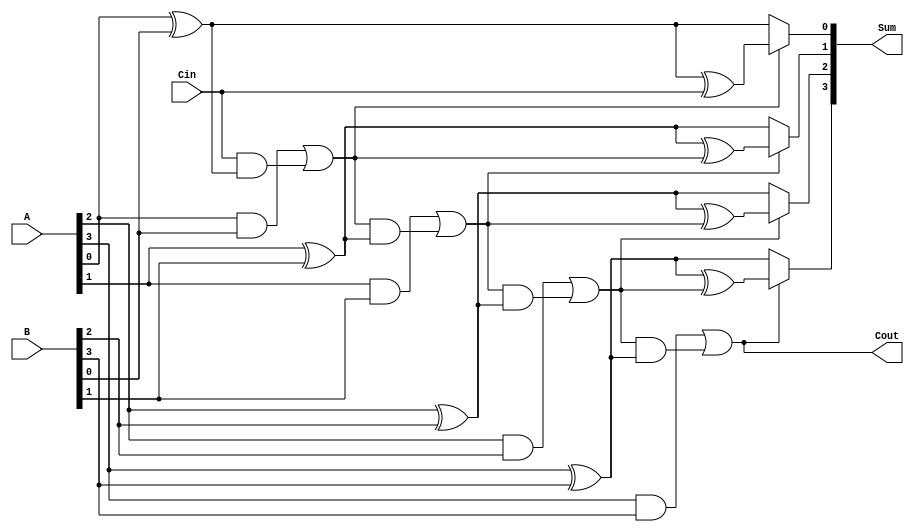
module ConditionalSumAdder #(parameter n = 4) (
    input [n-1:0] A,      // First n-bit input
    input [n-1:0] B,      // Second n-bit input
    input Cin,            // Carry-in
    output [n-1:0] Sum,   // n-bit sum output
    output Cout           // Carry-out
);

    wire [n-1:0] S0;      // Sum without carry
    wire [n-1:0] S1;      // Sum with carry
    wire [n-1:0] C1;      // Carry out for each bit
    wire [n-1:0] C;       // Conditional carry propagation

    // Generate S0, S1, and C1 for each bit
    genvar i;
    generate
        for (i = 0; i < n; i = i + 1) begin : CSA_bit
            assign S0[i] = A[i] ^ B[i]; // Sum without carry
            assign S1[i] = S0[i] ^ (i == 0 ? Cin : C[i-1]); // Sum with carry
            assign C1[i] = (A[i] & B[i]) | ((i == 0 ? Cin : C[i-1]) & S0[i]); // Carry out
        end
    endgenerate

    // Generate conditional carry propagation
    assign C[0] = C1[0]; // First carry is directly from C1[0]
    generate
        for (i = 1; i < n; i = i + 1) begin : carry_propagation
            assign C[i] = C1[i] | (C[i-1] & ~C1[i-1]); // Conditional carry propagation
        end
    endgenerate

    // Final sum calculation based on the carry propagation
    generate
        for (i = 0; i < n; i = i + 1) begin : final_sum
            assign Sum[i] = C[i] ? S1[i] : S0[i]; // Select sum based on carry
        end
    endgenerate

    // Final carry-out
    assign Cout = C[n-1]; // Carry-out from the last bit

endmodule